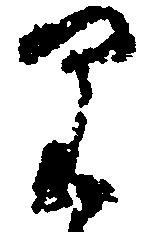
り